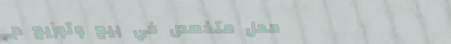
محل متخصص في بيع وتوزيع م